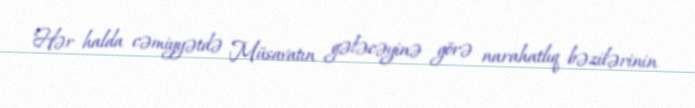
Hər halda cəmiyyətdə Müsavatın gələcəyinə görə narahatlıq bəzilərinin